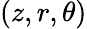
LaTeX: (z,r,\theta)